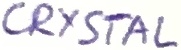
Text: CRYSTAL